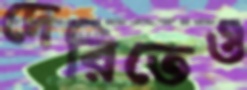
দেরিতেও